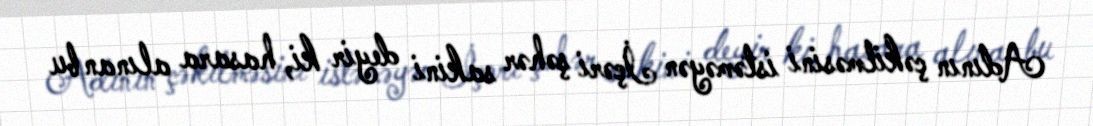
Adının çəkilməsini istəməyən İçəri şəhər sakini deyir ki, hasara alınan bu